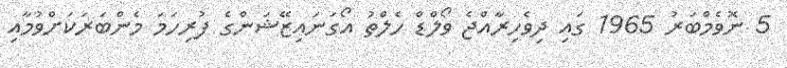
5 ނޮވެމްބަރު 1965 ގައި ދިވެހިރާއްޖެ ވޯލްޑް ހެލްތު އޯގަނައިޒޭޝަންގެ ފުރިހަމަ މެންބަރަކަށްވުމާއި